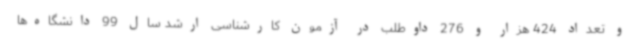
و تعداد 424 هزار و 276 داوطلب در آزمون کارشناسی ارشد سال 99 دانشگاه‌ها